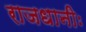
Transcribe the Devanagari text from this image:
राजधानीः